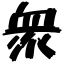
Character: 衆